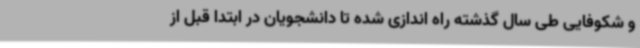
و شکوفایی طی سال گذشته راه اندازی شده تا دانشجویان در ابتدا قبل از